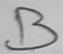
Text: B